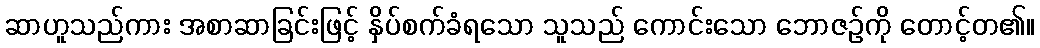
ဆာဟူသည်ကား အစာဆာခြင်းဖြင့် နှိပ်စက်ခံရသော သူသည် ကောင်းသော ဘောဇဉ်ကို တောင့်တ၏။